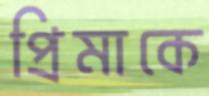
প্রিমাকে